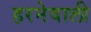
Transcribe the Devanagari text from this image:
हरनेवाली